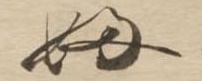
ふ